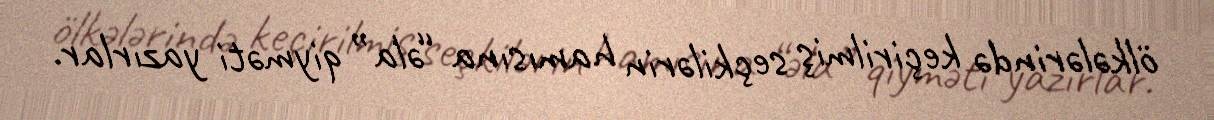
ölkələrində keçirilmiş seçkilərin hamısına “əla” qiyməti yazırlar.